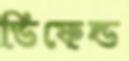
ডিফেন্ড